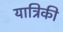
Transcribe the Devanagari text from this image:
यात्रिकी